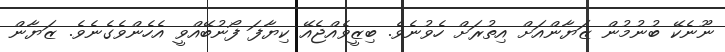
ނޫނެކޭ ބުނުމުން ޒަޔާންއަށް އިތުރަށް ހެވުނެވެ. ބިޒީވެއްޖެއޭ ކިޔާފަ ފޯނުބޭއްވީ އެހެންވެގެނެވެ. ޒަޔާން